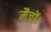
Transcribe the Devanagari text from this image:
मैचों।